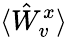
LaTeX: \langle\hat{W}_{v}^{x}\rangle